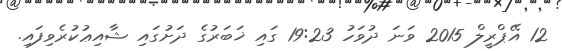
12 އޭޕްރީލް 2015 ވަނަ ދުވަހު 19:23 ގައި ޚަބަރުގެ ދަށުގައި ޝާއިޢުކުރެވިފައި.